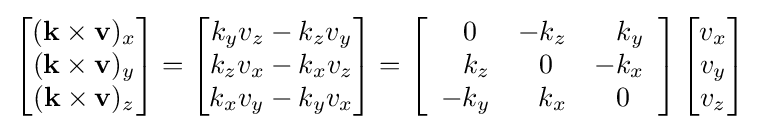
{\begin{bmatrix}(\mathbf {k} \times \mathbf {v} )_{x}\\(\mathbf {k} \times \mathbf {v} )_{y}\\(\mathbf {k} \times \mathbf {v} )_{z}\end{bmatrix}}={\begin{bmatrix}k_{y}v_{z}-k_{z}v_{y}\\k_{z}v_{x}-k_{x}v_{z}\\k_{x}v_{y}-k_{y}v_{x}\end{bmatrix}}=\left[{\begin{array}{rrr}0\ \,&-k_{z}&k_{y}\\k_{z}&0\ \,&-k_{x}\\-k_{y}&k_{x}&0\ \,\end{array}}\right]{\begin{bmatrix}v_{x}\\v_{y}\\v_{z}\end{bmatrix}}